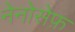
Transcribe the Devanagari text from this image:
नेनोसेफ़